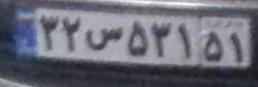
۳۲س۵۳۱۵۱